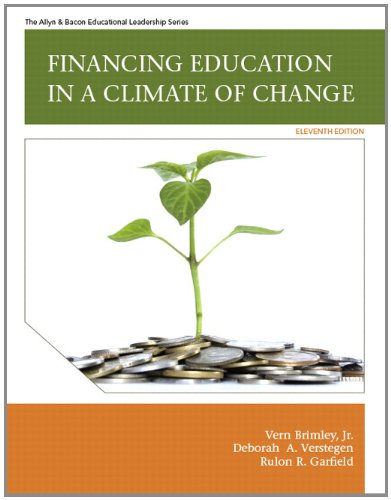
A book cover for Financing Education in a Climate of Change (11th Edition); Vern R. Brimley; Education & Teaching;